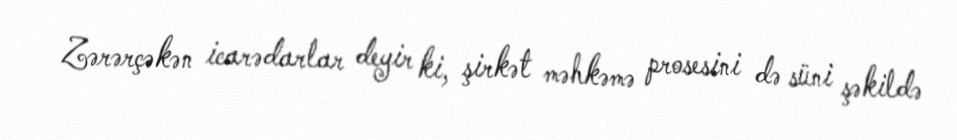
Zərərçəkən icarədarlar deyir ki, şirkət məhkəmə prosesini də süni şəkildə